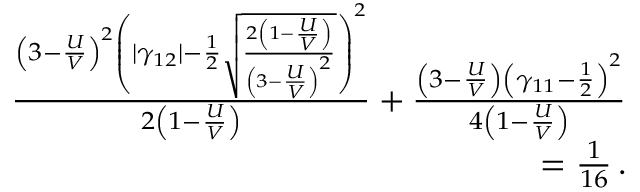
\begin{array} { r l r } & { } & { \frac { \left( 3 - \frac { U } { V } \right) ^ { 2 } \left( | \gamma _ { 1 2 } | - \frac { 1 } { 2 } \sqrt { \frac { 2 \left( 1 - \frac { U } { V } \right) } { \left( 3 - \frac { U } { V } \right) ^ { 2 } } } \right) ^ { 2 } } { 2 \left( 1 - \frac { U } { V } \right) } + \frac { \left( 3 - \frac { U } { V } \right) \left( \gamma _ { 1 1 } - \frac { 1 } { 2 } \right) ^ { 2 } } { 4 \left( 1 - \frac { U } { V } \right) } } \\ & { } & { = \frac { 1 } { 1 6 } \, . } \end{array}